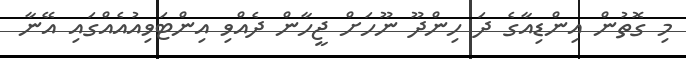
މި ގޮތުން އިންޑިއާގެ ދަ ހިންދޫ ނޫހަށް ޖީހާން ދެއްވި އިންޓަވިއުއެއްގައި އޭނާ